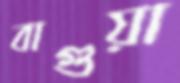
বাগুয়া